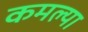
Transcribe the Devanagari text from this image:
कमल्या